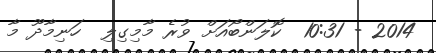
2014 - 10:31  ކޮލަންބޯއަށް ވުރެ މާމިގިލި  ހަނިމާދޫ މާ